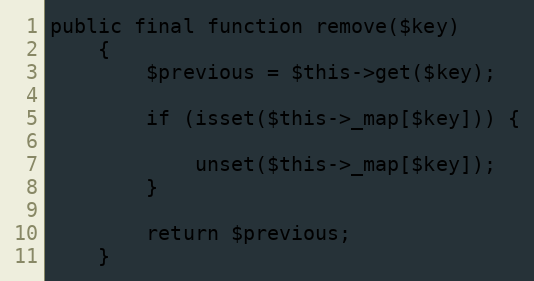
Language: PHP
public final function remove($key)
    {
        $previous = $this->get($key);

        if (isset($this->_map[$key])) {

            unset($this->_map[$key]);
        }

        return $previous;
    }